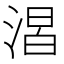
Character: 𣹈